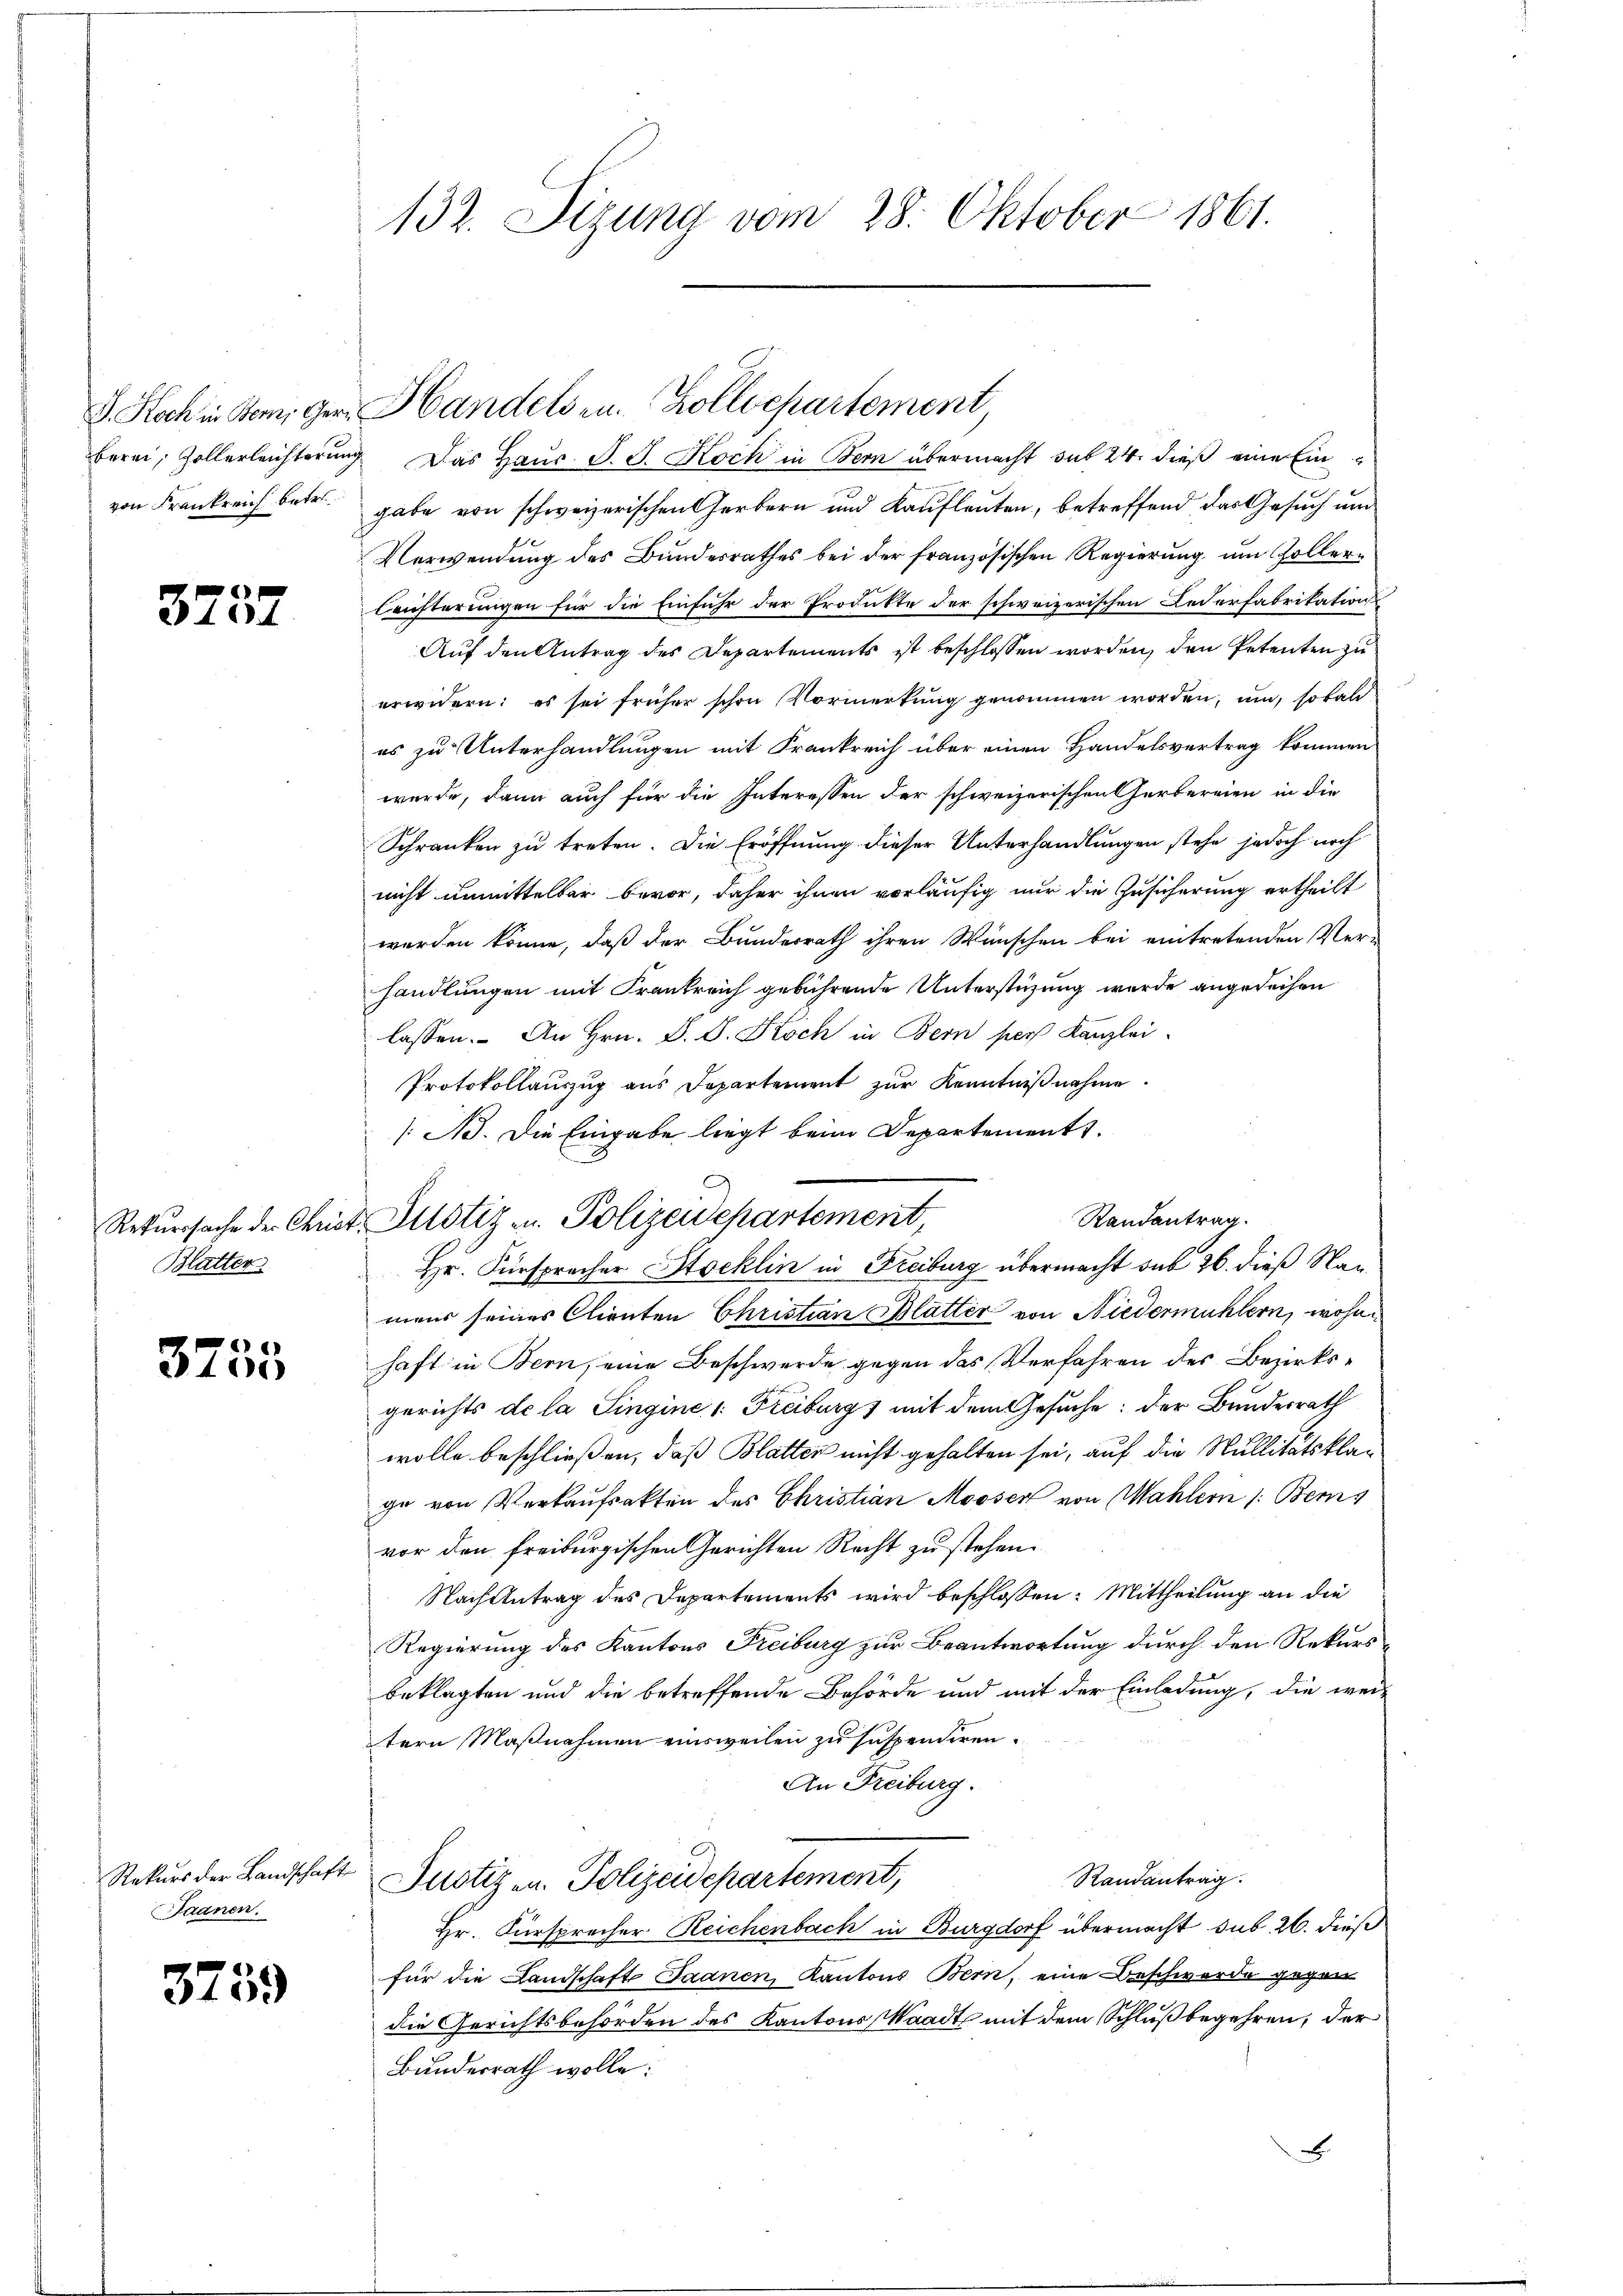
von Frankreich betr.

3257

Blatter

3753.

Saanen.

3759

132. Sizung vom 28. Oktober 1861.

berei, Zollerleichterung. Das Haus. S. J. Koch in Bern übermacht sub 24 dieß eine Ein
gabe von schweizerischen Gerbern und Kaufleuten, betreffend das Gesuch und
Verwendung des Bundesrathes bei der französischen Regierung um Zoller¬
Leichterungen für die Einfuhr der Produkte der schweizerischen Lederfabrikations
Auf den Antrag des Departements ist beschlossen worden, den Petenten zu
erwidern: es sei früher schon Vormerkung genommen worden, um, sobald
es zu Unterhandlungen mit Frankreich über einen Handelsvertrag kommen
wurde, dann auch für die Interessen der schweizerischen Herbereien in die
Schranken zu treten. Die Eröffnung dieser Unterhandlungen stehe jedoch noch
nicht unmittelbar bevor, daher ihnen vorläufig nur die Zusicherung ertheilt
werden könne, daß der Bundesrath ihren Wünschen bei eintretenden Ver-
handlungen mit Frankreich gebührende Unterstüzung wurde angedeihen
lassen. An Hrn. S. S. Koch in Bern per Kanzlei
Protokollauszug aus Departement zŭr Kenntniβnahme.
/B. Die Eingabe liegt beim Departement.
Randantrag.
Hr. Fürsprecher Stocklin in Freiburg übermacht sub 26. dieß Naumens seines Clienten Christian Blätter von Niedermühlern, wohnhaft in Bern, eine Beschwerde gegen das Verfahren des Bezirksgerichts de la Singine 1: Freiburg, mit dem Gesuche; der Bundesrath
wolle beschließen, daß Blatter nicht gehalten sei, auf die Nullitätsklage von Verkaufsakten des Christian Mooser von Wahlern /: Beis
vor den freiburgischen Gerichten Recht zu stehen.
Nach Antrag des Departements wird beschlossen: Mittheilung an die
Regierung des Kantons Freiburg zur Beantwortung durch den Rekursbeklagten und die betreffende Behörde und mit der Einladung, die wei-
tern Maßnahmen einsweilen zu suspendiren.
An Freiburg.
Randantrag
Rekurs der Landschaft Justiz an. Polizeidepartement,
Hr. Fürsprecher Reichenbach in Burgdorf übermacht sub 26. dieß
für die Landschaft Saanen, Kantons Bern, eine Beschwerde gegen
die Gerichtsbehörden des Kantons Waadt mit dem Schluß begehren, der
Bundesrath wolle:
B

J. Koch in Boni gern Handels u. Zolldepartement,

Rekurssache der Christ Altstiz u. Polizeidchartement,